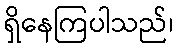
ရှိနေကြပါသည်၊